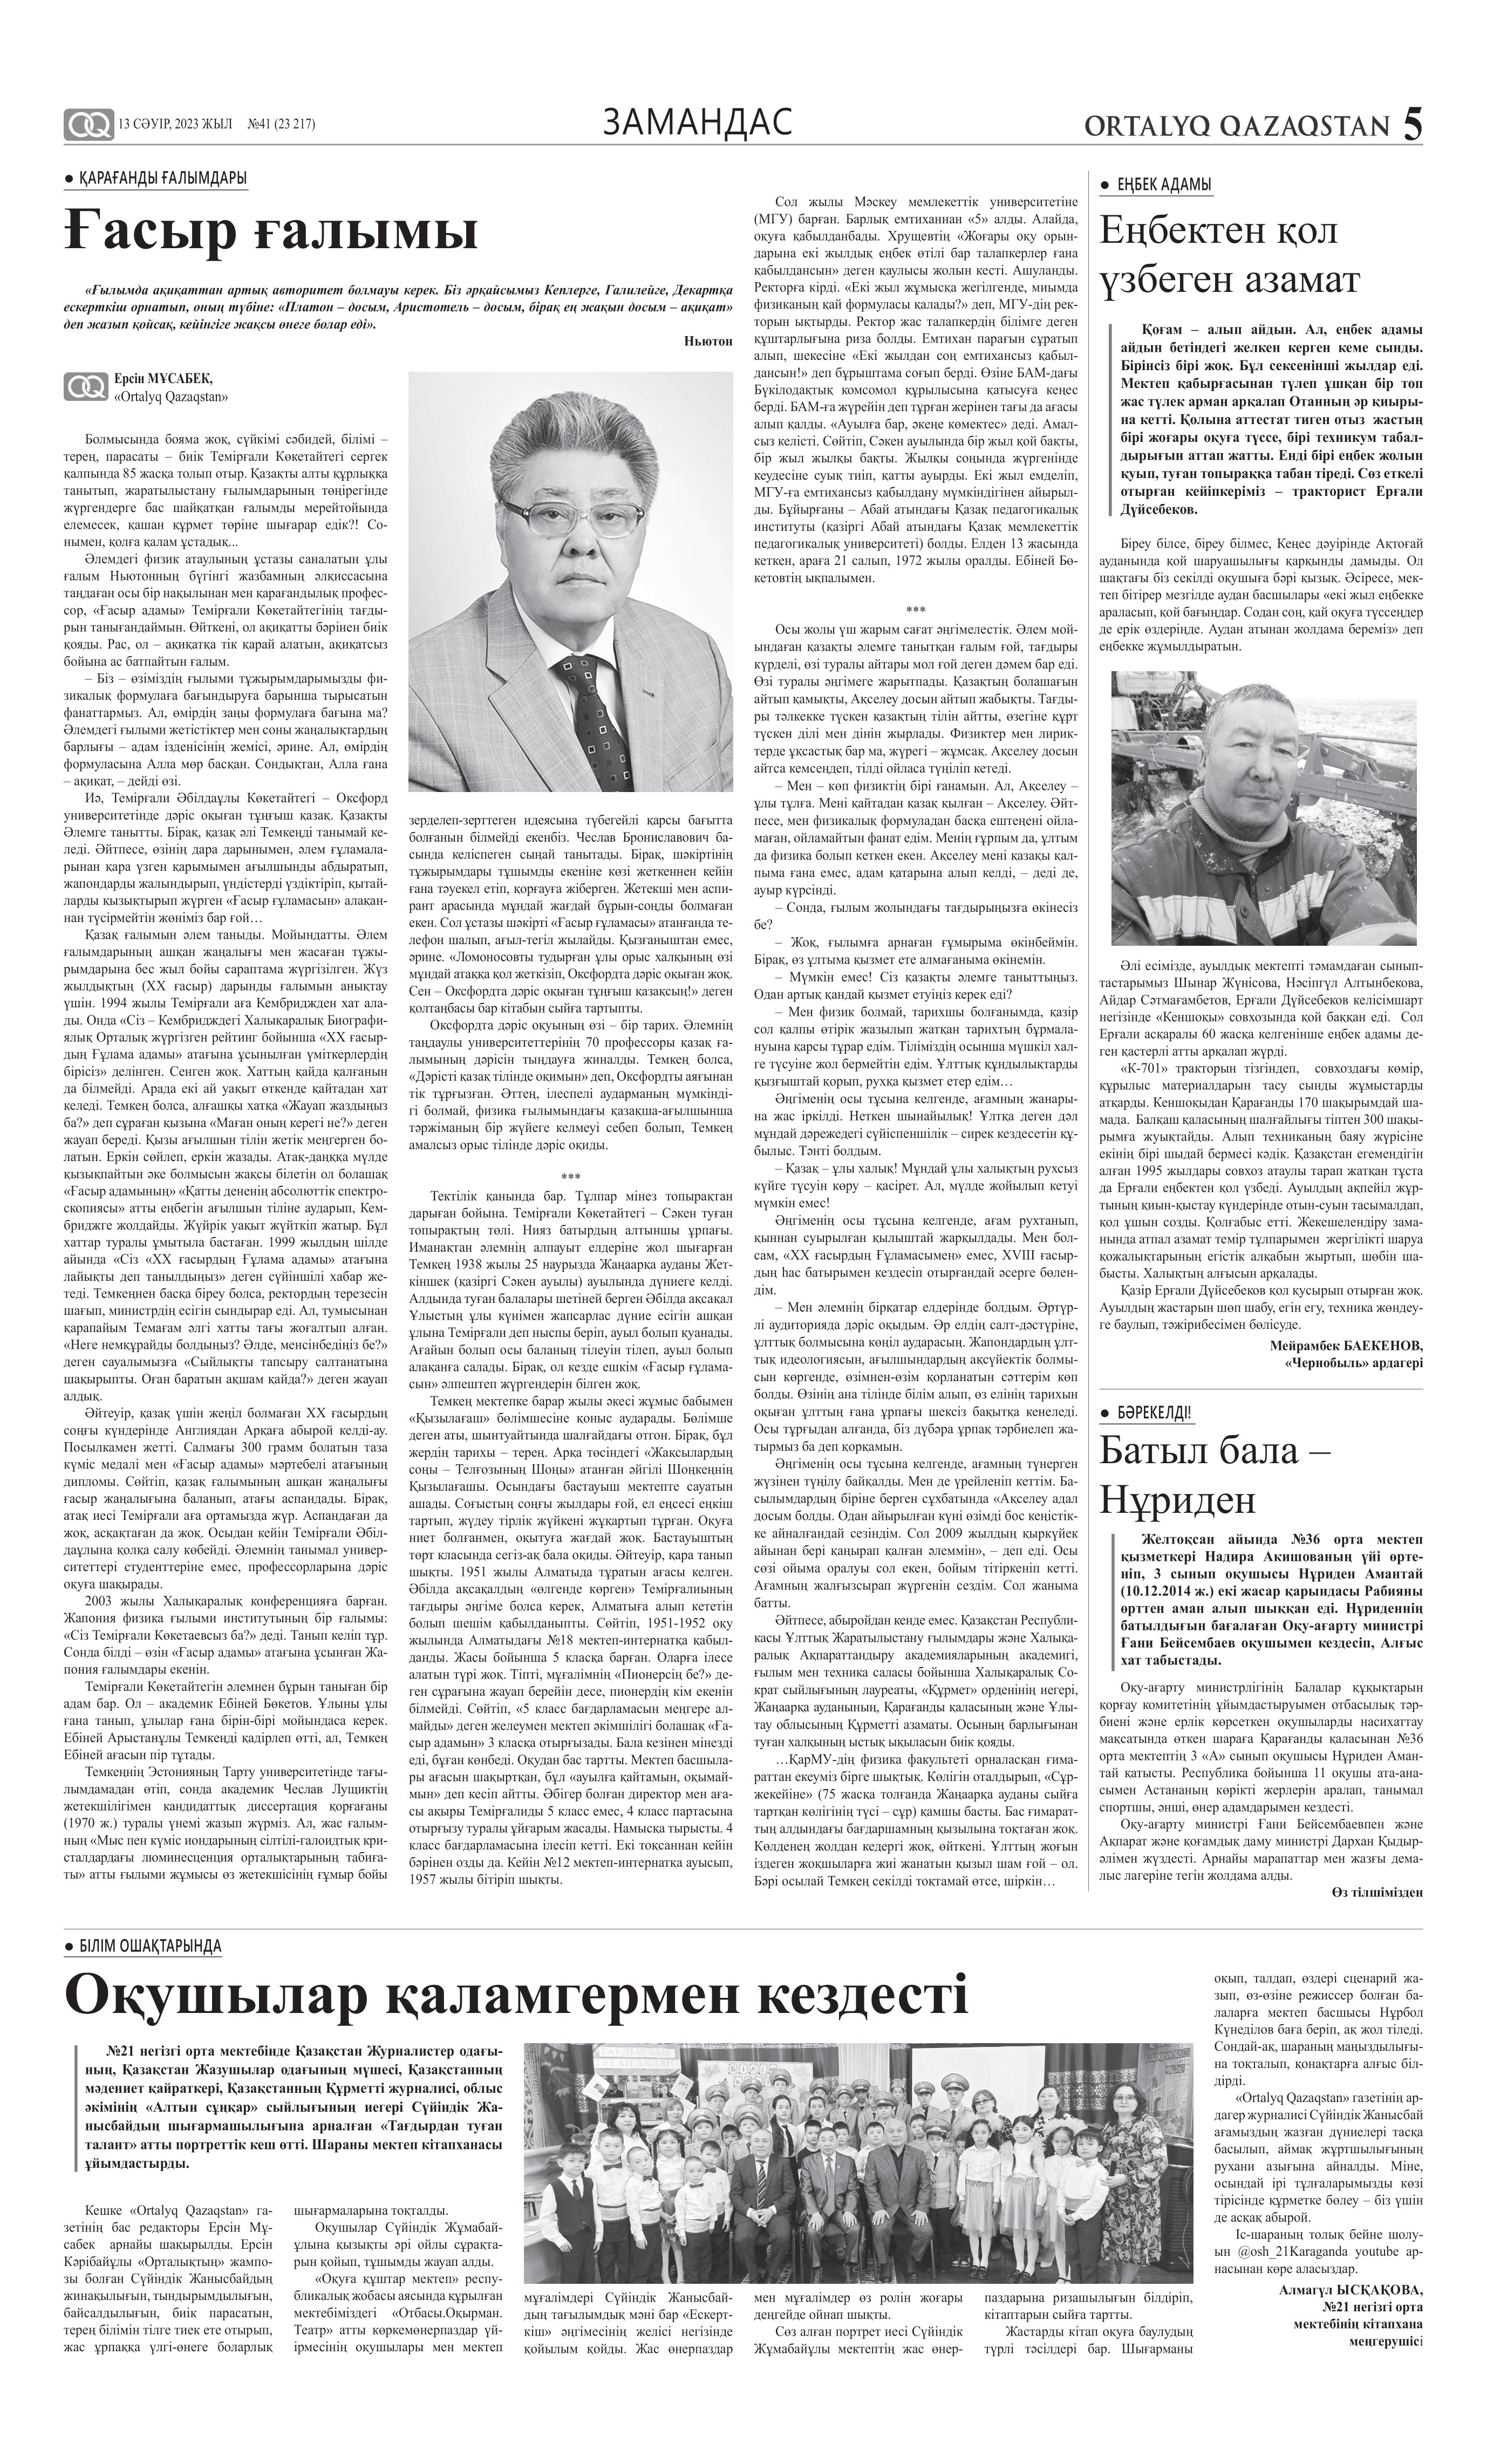
Language: kk